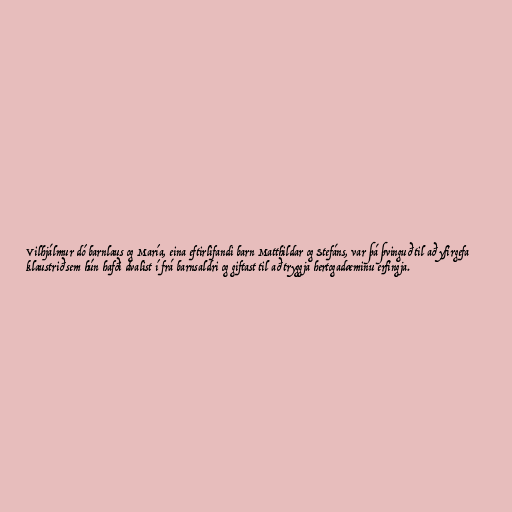
Vilhjálmur dó barnlaus og María, eina eftirlifandi barn Matthildar og Stefáns, var þá þvinguð til að yfirgefa
klaustrið sem hún hafði dvalist í frá barnsaldri og giftast til að tryggja hertogadæminu erfingja.